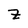
Character: z